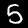
Digit: 5